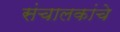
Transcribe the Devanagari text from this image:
संचालकांचे